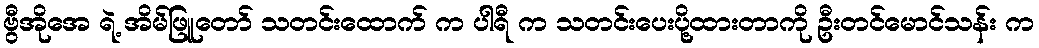
ဗွီအိုအေ ရဲ့ အိမ်ဖြူတော် သတင်းထောက် က ပါရီ က သတင်းပေးပို့ထားတာကို ဦးတင်မောင်သန်း က